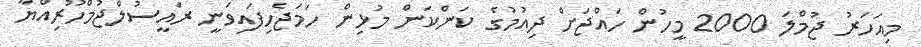
މިއަހަރު ޖުމްލަ 2000 މީހުން ހައްޖަށް ދިއުމުގެ ކަންކަން މުޅިން ހަމަޖެހިފައިވަނީ ރައީސުލްޖުމްހޫރިއްޔާ